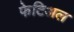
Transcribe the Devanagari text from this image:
फेटिअल